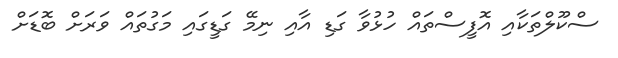
ސްކޫލްތަކާއި އޮފީސްތައް ހުޅުވާ ގަޑި އާއި ނިމޭ ގަޑީގައި މަގުތައް ވަރަށް ބޮޑަށް